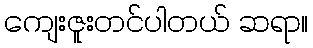
ကျေးဇူးတင်ပါတယ် ဆရာ။